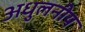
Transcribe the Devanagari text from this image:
अधुलनीय